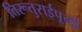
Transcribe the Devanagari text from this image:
तिरूतुराईपून्दी